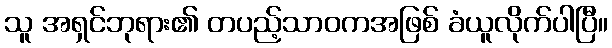
သူ အရှင်ဘုရား၏ တပည့်သာဝကအဖြစ် ခံယူလိုက်ပါပြီ။